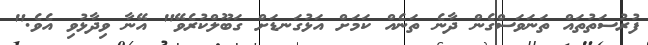
ފުރުސަތުތައް ތަނަވަސްގެން ދާނެ ތަނެއް ކަމަށް އަޅުގަނޑަށް ގަބޫލްކުރެވޭ" އޭނާ ވިދާޅުވި އެވެ."